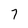
Character: 7